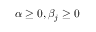
\alpha \geq 0 , \beta _ { j } \geq 0